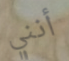
أنني